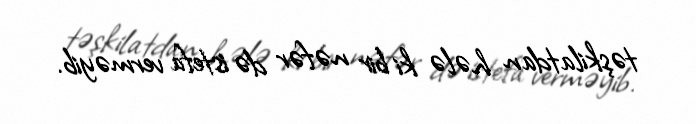
təşkilatdan hələ ki bir nəfər də istefa verməyib.